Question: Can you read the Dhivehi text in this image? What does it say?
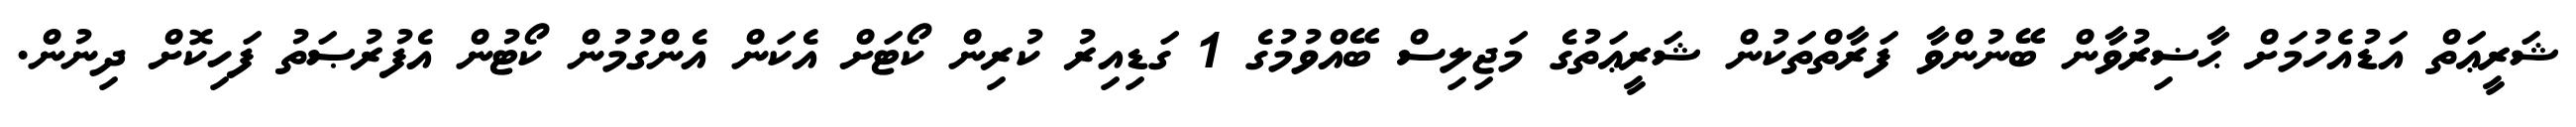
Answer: ޝަރީޢަތް އަޑުއެހުމަށް ޙާޟިރުވާން ބޭނުންވާ ފަރާތްތަކުން ޝަރީޢަތުގެ މަޖިލިސް ބޭއްވުމުގެ 1 ގަޑިއިރު ކުރިން ކޯޓަށް އެކަން އެންގުމުން ކޯޓުން އެފުރުޞަތު ފަހިކޮށް ދިނުން.